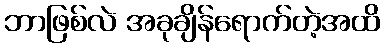
ဘာဖြစ်လဲ အခုချိန်ရောက်တဲ့အထိ